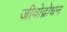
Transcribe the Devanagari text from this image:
जीवोद्बोधन